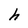
Character: h